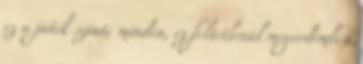
ez a játék szinte minden, ez feltétlenül megérdemli a